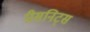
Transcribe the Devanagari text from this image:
प्रीसनिट्स